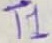
Text: T1